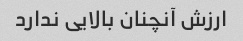
ارزش آنچنان بالایی ندارد